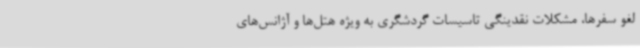
لغو سفرها، مشکلات نقدینگی تاسیسات گردشگری به ویژه هتل‌ها و آژانس‌های